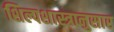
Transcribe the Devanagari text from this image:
शिल्पशास्त्रानुसार